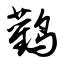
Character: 鹳